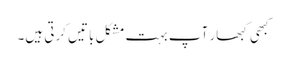
کبھی کبھار آپ بہت مشکل باتیں کرتی ہیں۔